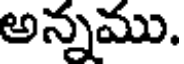
అన్నము.